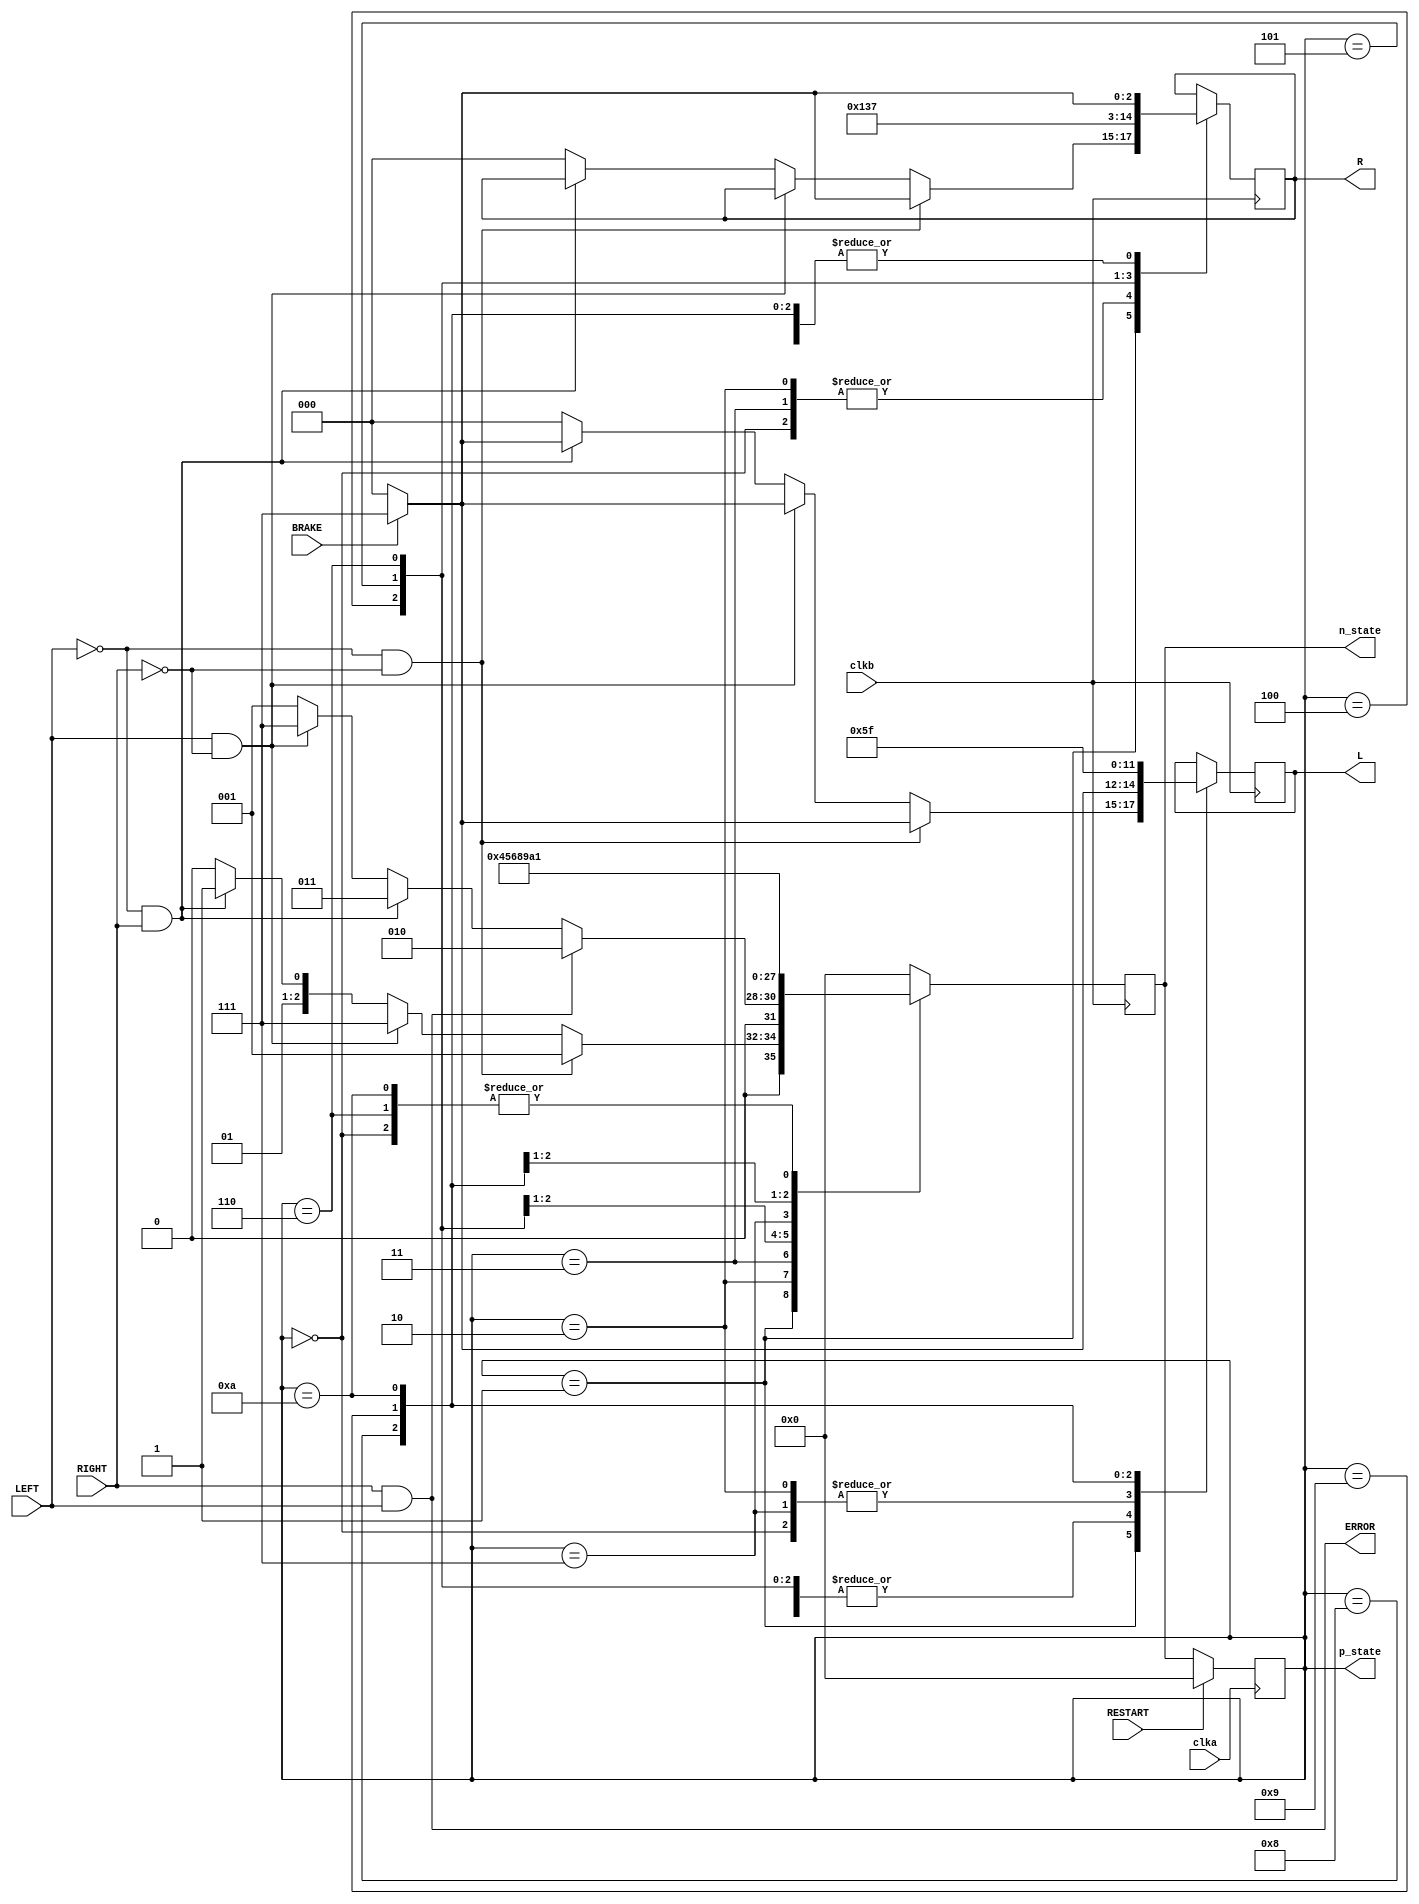
module Ford_car_brake_light(clka, clkb, RESTART, BRAKE, RIGHT, LEFT, L, R, ERROR, n_state, p_state);

input clka, clkb;                  //two phase clocks
input RESTART, BRAKE, RIGHT, LEFT; //four input ports
output wire ERROR;                 //output ERROR
output reg [2:0] L, R;             //LEFT and RIGHT lamps

output reg [3:0] p_state, n_state; //present state, next state;
/*state parameters*/
parameter reset = 0, run = 1, error = 2;
parameter R1 = 3, R2 = 4, R3 = 5, R4 = 6;
parameter L1 = 7, L2 = 8, L3 = 9, L4 =10;

assign ERROR = (RIGHT && LEFT);    //output ERROR signal
/*sequential logic*/
always @ (posedge clka) 
begin
	if(RESTART)
		p_state <= reset; //initial state
	else
		p_state <= n_state; //go to next state
end

/*combinational logic*/
always @ (posedge clkb)
begin
	n_state = p_state;
	case (p_state)
		reset: begin  //reset state
			L = 3'b000;
			R = 3'b000;
			n_state = run;
		end
		
		run: begin   //run state
			if(!LEFT && !RIGHT) begin //LEFT == 0 and RIGHT == 0
				if(BRAKE)begin  //if break all lamps go high
					L = 3'b111;
					R = 3'b111;
				end
				else begin      //if !break all lamps go low
					L = 3'b000;
					R = 3'b000;
				end
				n_state = run; //next state is run
			end
			
			else if(LEFT && !RIGHT) begin //LEFT == 1 and RIGHT == 0
				if(BRAKE)      //if break left lamps go high
					L = 3'b111;
				else
					L = 3'b000;//if !break left lamps go low
				n_state = L1;  //next state L1, start to turn left
			end
				
			else if(!LEFT && RIGHT) begin //same as above, turn right		
				if(BRAKE)
					L = 3'b111;
				else
					L = 3'b000;
				n_state = R1; //next state R1
			end
			
			else begin //LEFT == 1 and RIGHT == 1, all lamps go low
				L = 3'b000;
				R = 3'b000;
				n_state = error; //next state is error
			end
		end
		/*state error*/
		error: begin //error state, extinguish all the lamps
			L = 3'b000;
			R = 3'b000;
			if(LEFT && RIGHT) //is LEFT == 1 and RIGHT == 1
				n_state = error; //stay in error state 
			else if(!LEFT && RIGHT) //if LEFT = 0, we can turn right now
				n_state = R1;
			else if(LEFT && !RIGHT) //if RIGHT = 0, we can turn right now
			   n_state = L1;
			else //if all lamps go low, next state is run
				n_state = run;
		end
		
		R1: begin //start turn right
			R = 3'b000;
			if(BRAKE)
				L = 3'b111;
			else
				L = 3'b000;
			n_state = R2;
		end
		
		R2: begin
			R = 3'b100;
			if(BRAKE)
				L = 3'b111;
			else
				L = 3'b000;
			n_state = R3;
		end
		
		R3: begin
			R = 3'b110;
			if(BRAKE)
				L = 3'b111;
			else
				L = 3'b000;
			n_state = R4;
		end
		
		R4: begin
			R = 3'b111;
			if(BRAKE)
				L = 3'b111;
			else
				L = 3'b000;
			n_state = run;
		end
		
		L1: begin  //start turn left
			L = 3'b000;
			if(BRAKE)
				R = 3'b111;
			else
				R = 3'b000;
			n_state = L2;
		end
		
		L2: begin
			L = 3'b001;
			if(BRAKE)
				R = 3'b111;
			else
				R = 3'b000;
			n_state = L3;
		end
		
		L3: begin
			L = 3'b011;
			if(BRAKE)
				R = 3'b111;
			else
				R = 3'b000;
			n_state = L4;
		end
		
		L4: begin 
			L = 3'b111;
			if(BRAKE)
				R = 3'b111;
			else
				R = 3'b000;
			n_state = run;  //next state run
		end
		
		default: n_state = reset; //prevent unsafe latch, set default to reset
	endcase
end

endmodule